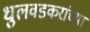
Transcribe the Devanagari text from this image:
धुलवडकरांच्या